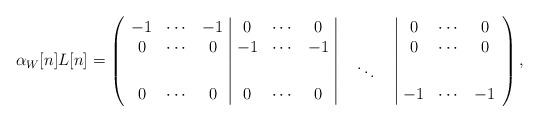
LaTeX: \begin{align*}\alpha _W[n]L[n] =\left( \begin{array}{ccc|ccc|ccc|ccc} -1 & \cdots & -1 & 0 & \cdots & 0 & & & & 0 & \cdots & 0 \\ 0 & \cdots & 0 & -1 & \cdots & -1 & & & & 0 & \cdots & 0 \\ &&& &&& &\ddots & \\ 0 & \cdots & 0 & 0 & \cdots & 0 & & & & -1 & \cdots & -1\end{array}\right),\end{align*}